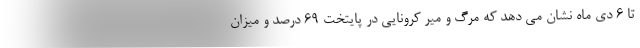
تا ۶ دی ماه نشان می دهد که مرگ و میر کرونایی در پایتخت ۶۹ درصد و میزان